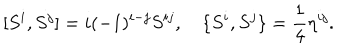
LaTeX: [ S ^ { i } , S ^ { j } ] = i ( - 1 ) ^ { i - j } S ^ { i j } , \quad \{ S ^ { i } , S ^ { j } \} = \frac { 1 } { 4 } \eta ^ { i j } .